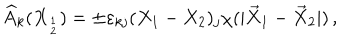
\widehat { A } _ { k } ( X _ { 1 \atop 2 } ) = \pm \varepsilon _ { k j } ( X _ { 1 } - X _ { 2 } ) _ { j } \chi ( | \overrightarrow { X } _ { 1 } - \overrightarrow { X } _ { 2 } | ) \, ,